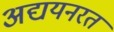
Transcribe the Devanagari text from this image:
अद्ययनरत